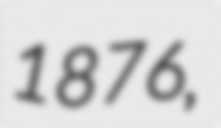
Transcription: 1876,